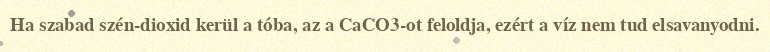
Ha szabad szén-dioxid kerül a tóba, az a CaCO3-ot feloldja, ezért a víz nem tud elsavanyodni.